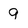
Character: 9